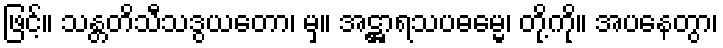
ဖြင့်။ သန္တတိသီသဒွယတော၊ မှ။ အဋ္ဌာရသပဓမ္မေ၊ တို့ကို။ အပနေတွာ၊